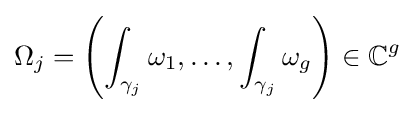
\Omega _{j}=\left(\int _{\gamma _{j}}\omega _{1},\ldots ,\int _{\gamma _{j}}\omega _{g}\right)\in \mathbb {C} ^{g}